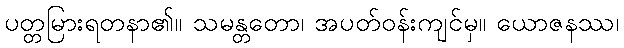
ပတ္တမြားရတနာ၏။ သမန္တတော၊ အပတ်ဝန်းကျင်မှ။ ယောဇနဿ၊